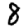
Digit: 8